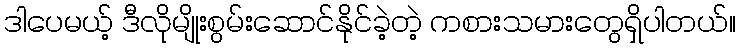
ဒါပေမယ့် ဒီလိုမျိုးစွမ်းဆောင်နိုင်ခဲ့တဲ့ ကစားသမားတွေရှိပါတယ်။